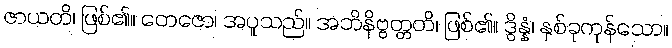
ဇာယတိ၊ ဖြစ်၏။ တေဇော၊ အပူသည်။ အဘိနိဗ္ဗတ္တတိ၊ ဖြစ်၏။ ဒွိန္နံ၊ နှစ်ခုကုန်သော။